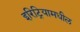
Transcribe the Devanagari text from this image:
इरिट्रियामधील